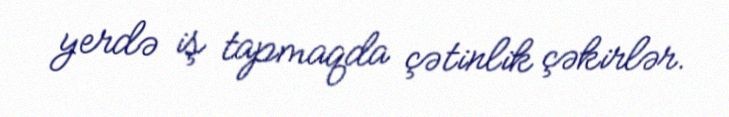
yerdə iş tapmaqda çətinlik çəkirlər.